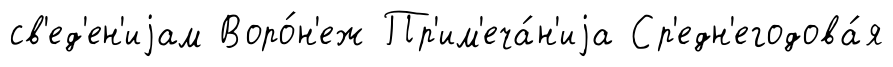
св'ед'ен'иjам Воро́н'еж Пр'им'еча́н'иjа Ср'едн'егодова́я